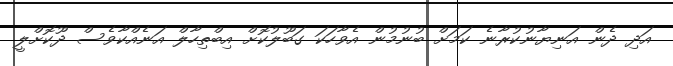
އަދި ދެން އަނިޔާނުކުރާނެ ކަމަށް ބުނުމުން އެވާހަކަ ގަބޫލުކޮށް އިބްތިހާލް އަނެއްކާވެސް ދޫކޮށްލީ